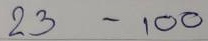
23 - 100